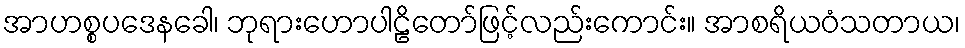
အာဟစ္စပဒေနခေါ၊ ဘုရားဟောပါဠိတော်ဖြင့်လည်းကောင်း။ အာစရိယဝံသတာယ၊